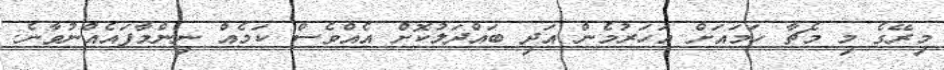
މިރޭގެ މި މެޗާ ހަމައަށް އަހަރުމެން އަދި ބައްދަލުކޮށް އެއްވެސް ކަމެއް ނިންމާފައެއްނުވާނެ.